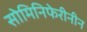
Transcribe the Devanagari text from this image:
सोमिनिफेरीनीन